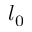
l _ { 0 }